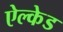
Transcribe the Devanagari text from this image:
ऐल्केड